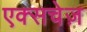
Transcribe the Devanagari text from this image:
एक्सचेज़